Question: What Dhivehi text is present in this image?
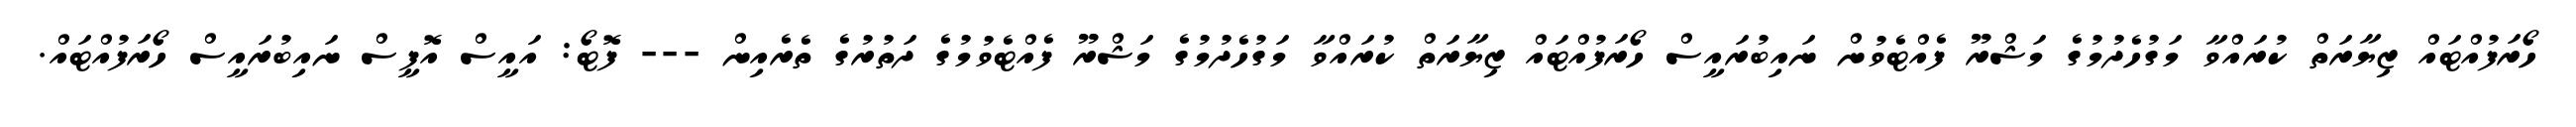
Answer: ހޯރަފުއްޓައް ޒިޔާރަތް ކުރައްވާ މަގުހެދުމުގެ މަޝްރޫ ފެއްޓެވުން ނައިބުރައީސް ހޯރަފުއްޓައް ޒިޔާރަތް ކުރައްވާ މަގުހެދުމުގެ މަޝްރޫ ފެއްޓެވުމުގެ ދަތުރުގެ ތެރެއިން --- ފޮޓޯ: އައީސް އޮފީސް ނައިބުރައީސް ހޯރަފުއްޓައް.